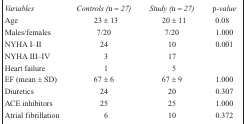
<table><thead><tr><td><b><i>Variables</i></b></td><td><b><i>Controls (n = 27)</i></b></td><td><b><i>Study (n = 27)</i></b></td><td><b><i>p-value</i></b></td></tr></thead><tbody><tr><td>Age</td><td>23 ± 13</td><td>20 ± 11</td><td>0.08</td></tr><tr><td>Males/females</td><td>7/20</td><td>7/20</td><td>1.000</td></tr><tr><td>NYHA I–II</td><td>24</td><td>10</td><td>0.001</td></tr><tr><td>NYHA III–IV</td><td>3</td><td>17</td><td></td></tr><tr><td>Heart failure</td><td>1</td><td>5</td><td></td></tr><tr><td>EF (mean ± SD)</td><td>67 ± 6</td><td>67 ± 9</td><td>1.000</td></tr><tr><td>Diuretics</td><td>24</td><td>20</td><td>0.307</td></tr><tr><td>ACE inhibitors</td><td>25</td><td>25</td><td>1.000</td></tr><tr><td>Atrial fibrillation</td><td>6</td><td>10</td><td>0.372</td></tr></tbody></table>